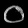
Digit: ၀